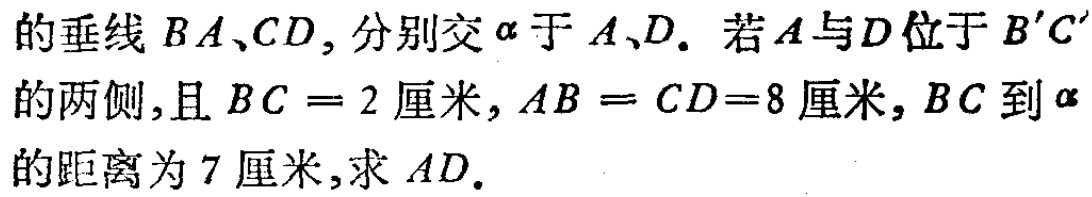
的垂线 \(BA、CD\)，分别交 \(\alpha\) 于 \(A、D\). 若 \(A\) 与 \(D\) 位于 \(B'C'\) 的两侧，且 \(BC = 2\) 厘米，\(AB = CD = 8\) 厘米，\(BC\) 到 \(\alpha\) 的距离为 \(7\) 厘米，求 \(AD\).